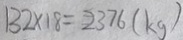
1 3 2 \times 1 8 = 2 3 7 6 ( k g )